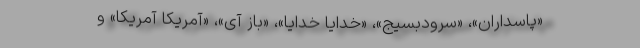
«پاسداران»، «سرودبسیج»، «خدایا خدایا»، «باز آی»، «آمریکا آمریکا» و